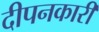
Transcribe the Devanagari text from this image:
दीपनकारी